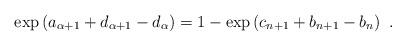
LaTeX: \begin{align*}\exp \left( a_{\alpha+1} + d_{\alpha+1} - d_\alpha \right) = 1 - \exp \left( c_{n+1} + b_{n+1} - b_n \right) \ .\end{align*}